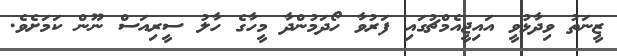
ޒީނަތު ވިދާޅުވީ އައިޖީއެމްޗުގައި ފަރުވާ ހޯދަމުންދާ މީހާގެ ހާލު ސީރިއަސް ނޫން ކަމަށެވެ.